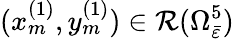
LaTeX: (x_{m}^{(1)},y_{m}^{(1)})\in\mathcal{R}(\Omega_{\bar{\varepsilon}}^{5})